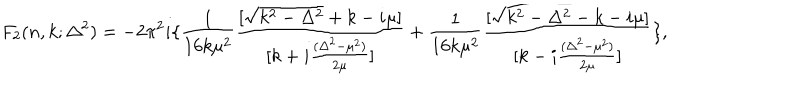
LaTeX: F _ { 2 } ( n , k ; \Delta ^ { 2 } ) = - 2 \pi ^ { 2 } i \{ \frac { 1 } { 1 6 k \mu ^ { 2 } } \frac { [ \sqrt { k ^ { 2 } - \Delta ^ { 2 } } + k - i \mu ] } { [ k + i \frac { ( \Delta ^ { 2 } - \mu ^ { 2 } ) } { 2 \mu } ] } + \frac { 1 } { 1 6 k \mu ^ { 2 } } \frac { [ \sqrt { k ^ { 2 } - \Delta ^ { 2 } } - k - i \mu ] } { [ k - i \frac { ( \Delta ^ { 2 } - \mu ^ { 2 } ) } { 2 \mu } ] } \} ,